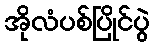
အိုလံပစ်ပြိုင်ပွဲ